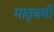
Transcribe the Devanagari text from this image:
मातृत्रयी